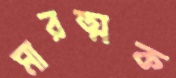
মারত্মক